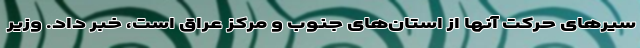
سیرهای حرکت آنها از استان‌های جنوب و مرکز عراق است، خبر داد. وزیر